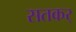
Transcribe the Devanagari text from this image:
सतकर्